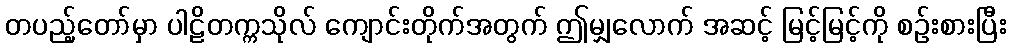
တပည့်တော်မှာ ပါဠိတက္ကသိုလ် ကျောင်းတိုက်အတွက် ဤမျှလောက် အဆင့် မြင့်မြင့်ကို စဉ်းစားပြီး